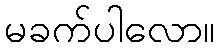
မခက်ပါလော။